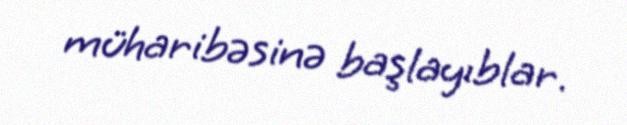
müharibəsinə başlayıblar.